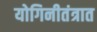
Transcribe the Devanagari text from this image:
योगिनीतंत्रात